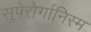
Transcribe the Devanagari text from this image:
सुपेरोर्गानिस्म